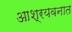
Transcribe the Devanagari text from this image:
आश्रयवनात